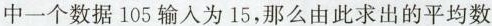
中一个数据105输人为15，那么由此求出的平均数